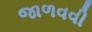
જાળવવી